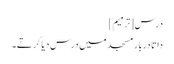
درس[ترمیم]
داتا دربار مسجد میں درس دیا کرتے۔